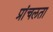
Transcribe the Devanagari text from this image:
प्रांचलता